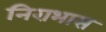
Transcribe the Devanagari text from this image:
निराभास